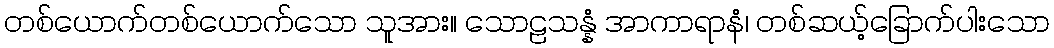
တစ်ယောက်တစ်ယောက်သော သူအား။ သောဠသန္နံ အာကာရာနံ၊ တစ်ဆယ့်ခြောက်ပါးသော